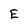
Character: E